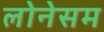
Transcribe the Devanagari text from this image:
लोनेसम